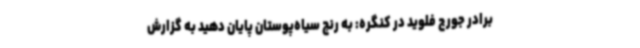
برادر جورج فلوید در کنگره: به رنج سیاه‌پوستان پایان دهید به گزارش